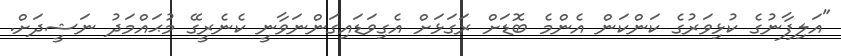
"އަލިފާނުގެ ކުޅިވަރުގެ ކަންކަން އެންމެ ބޮޑަށް ރަގަޅަށް އެގިވަޑައިގަންނަވާނީ ކެނެރީގޭ މުޙައްމަދު ނަޝީދަށް.